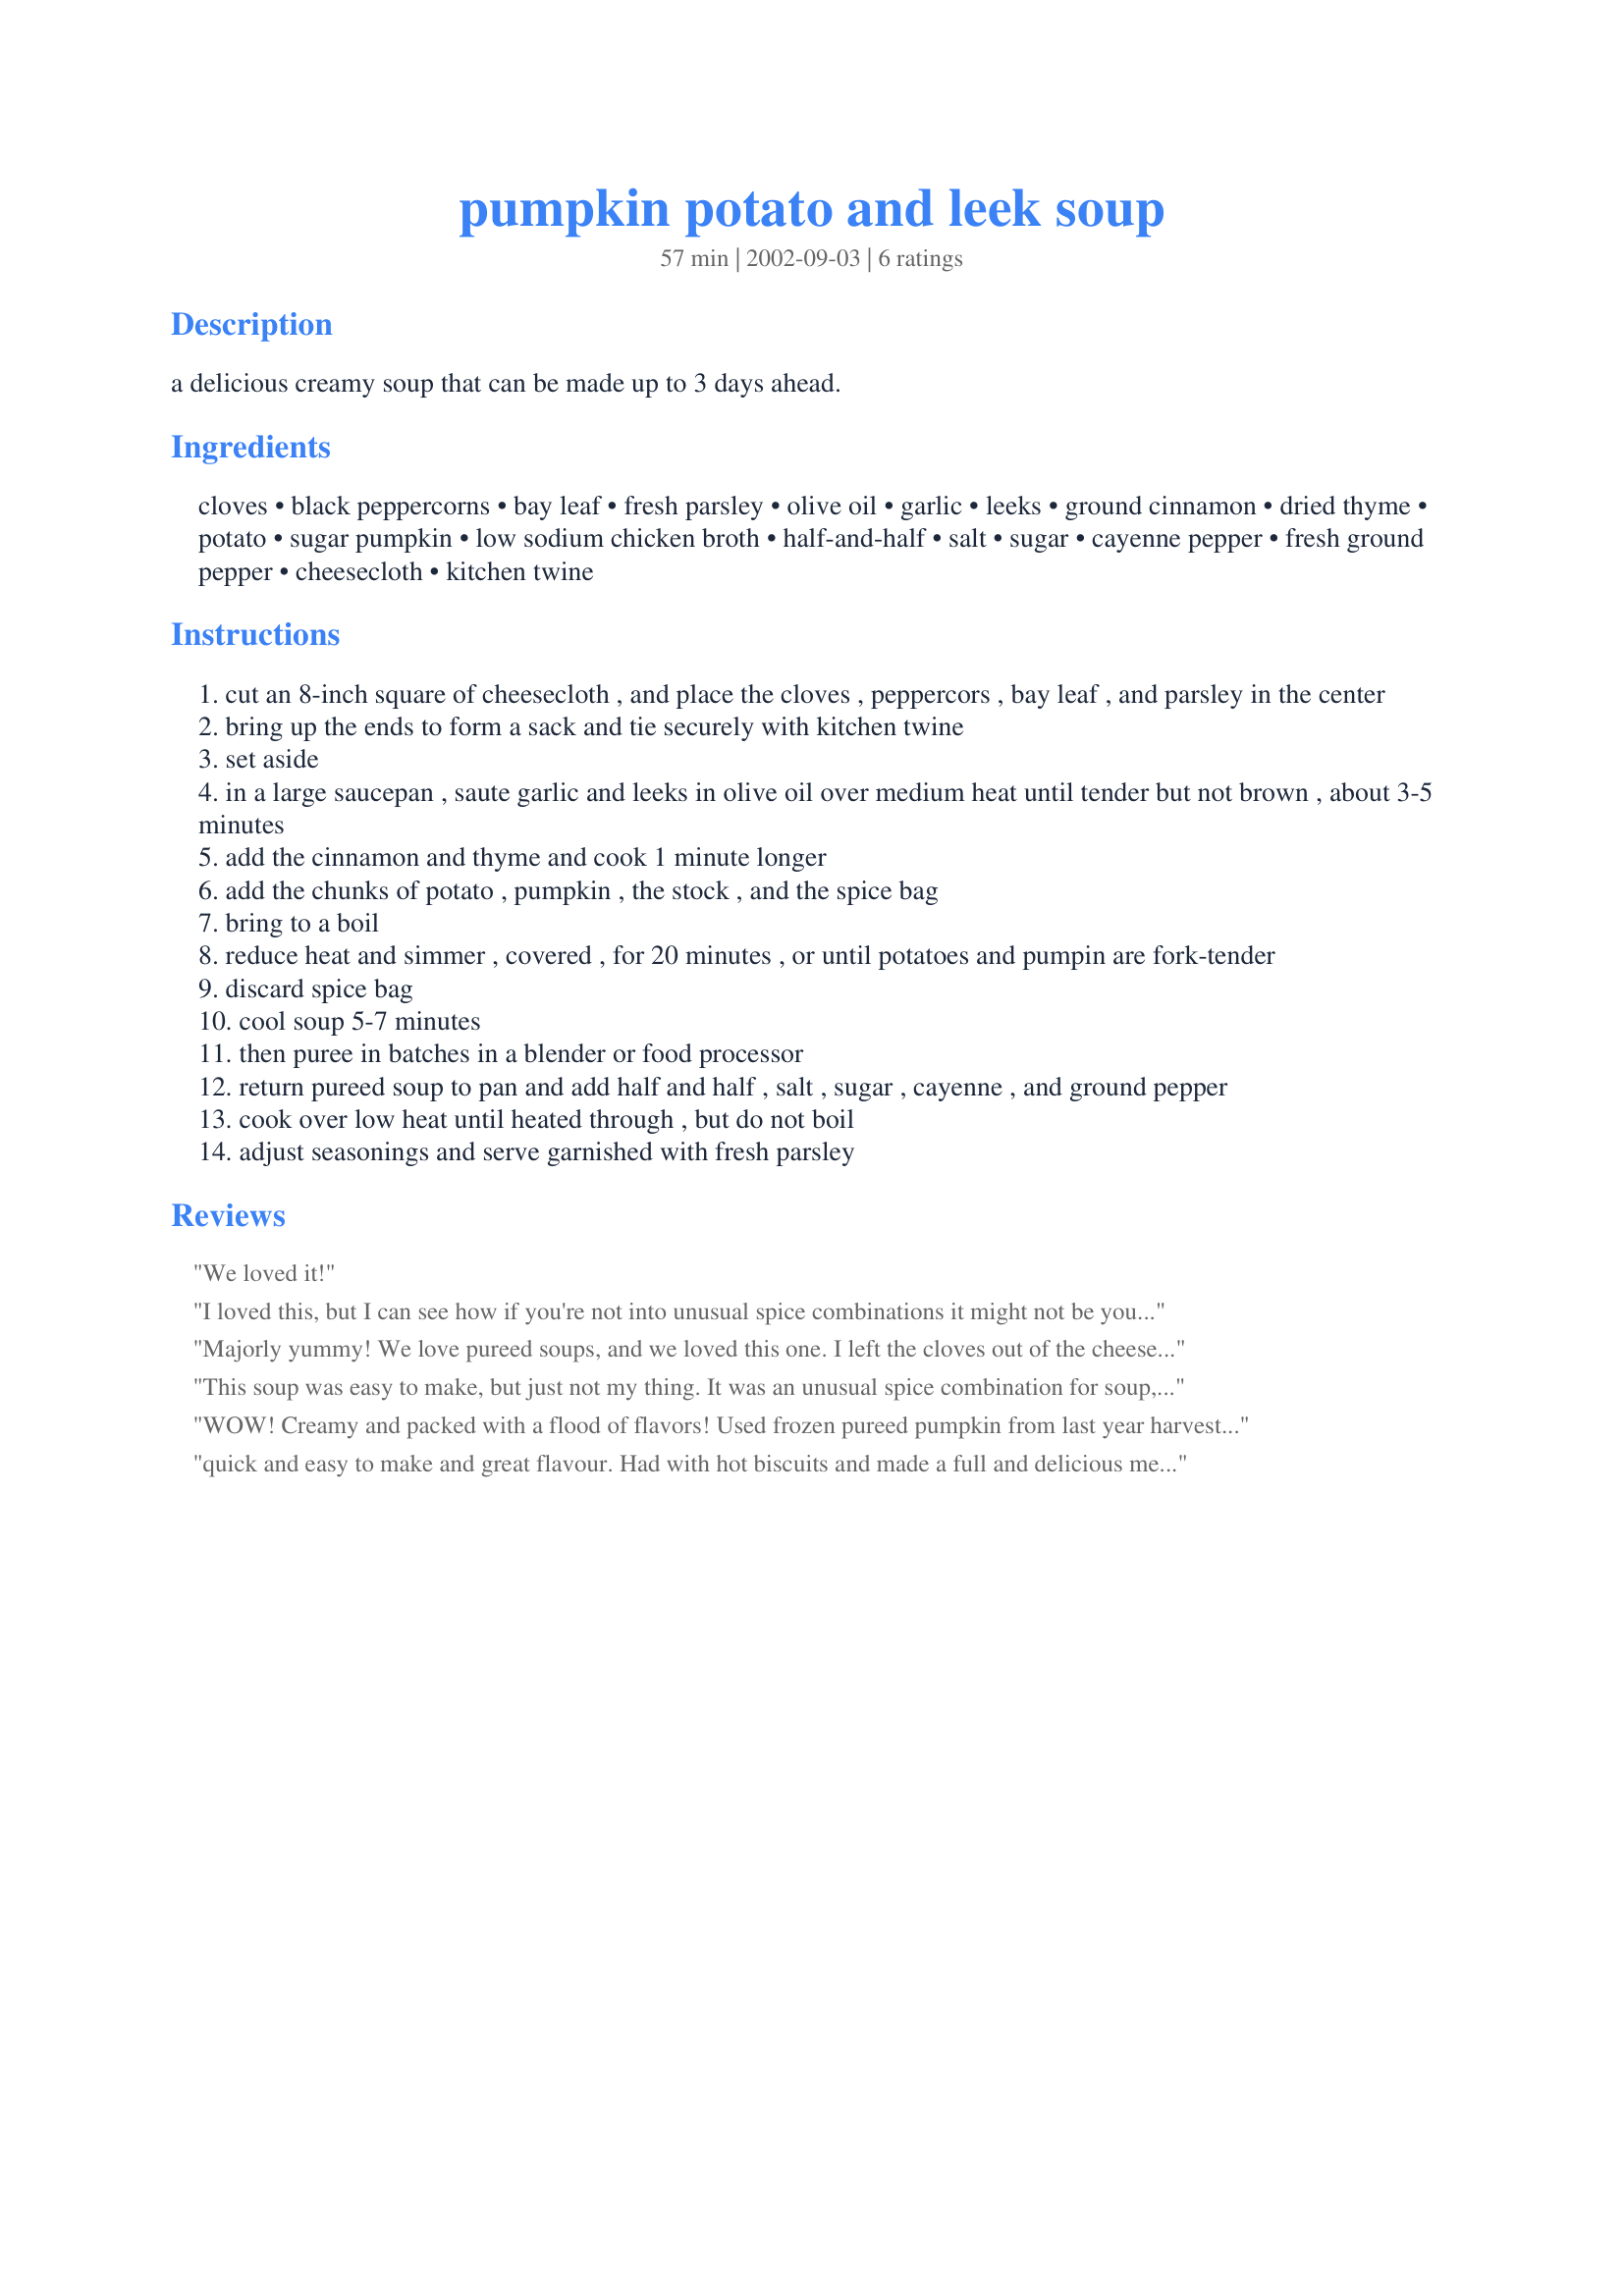
pumpkin potato and leek soup
Preparation time: 57 minutes

a delicious creamy soup that can be made up to 3 days ahead.

Ingredients:
cloves, black peppercorns, bay leaf, fresh parsley, olive oil, garlic, leeks, ground cinnamon, dried thyme, potato, sugar pumpkin, low sodium chicken broth, half-and-half, salt, sugar, cayenne pepper, fresh ground pepper, cheesecloth, kitchen twine

Steps:
cut an 8-inch square of cheesecloth , and place the cloves , peppercors , bay leaf , and parsley in the center
bring up the ends to form a sack and tie securely with kitchen twine
set aside
in a large saucepan , saute garlic and leeks in olive oil over medium heat until tender but not brown , about 3-5 minutes
add the cinnamon and thyme and cook 1 minute longer
add the chunks of potato , pumpkin , the stock , and the spice bag
bring to a boil
reduce heat and simmer , covered , for 20 minutes , or until potatoes and pumpin are fork-tender
discard spice bag
cool soup 5-7 minutes
then puree in batches in a blender or food processor
return pureed soup to pan and add half and half , salt , sugar , cayenne , and ground pepper
cook over low heat until heated through , but do not boil
adjust seasonings and serve garnished with fresh parsley

Reviews:
We loved it!
I loved this, but I can see how if you're not into unusual spice combinations it might not be your thing. If you like Moroccan food, I think you'd like this. I actually cheated a bit and used leftover mashed potato and turnip from our Thanksgiving dinner. The cinnamon and chilli powder turn this soup from ordinary into special, in my opinion.
Majorly yummy! We love pureed soups, and we loved this one. I left the cloves out of the cheesecloth mix, we're not crazy about the taste. I also didn't use half-and-half but a soy cream substitute. I used a locally grown pumpkin and the soup had this wonderful creamy yellow color. I can see this become a fall/winter staple in our house.
This soup was easy to make, but just not my thing. It was an unusual spice combination for soup, which I just didn't find enjoyable.
WOW! Creamy and packed with a flood of flavors! Used frozen pureed pumpkin from last year harvest and only had 2 leeks. Will definitely make this again and running out to garden right now to make sure we have enough pumpkin planted - MMMMM
quick and easy to make and great flavour. Had with hot biscuits and made a full and delicious meal.
Followed recipe near exact
